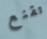
تقنع